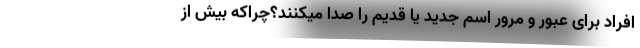
افراد برای عبور و مرور اسم جدید یا قدیم را صدا میکنند؟چراکه بیش از